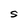
Character: S